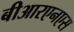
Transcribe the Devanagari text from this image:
बीआरएनएस